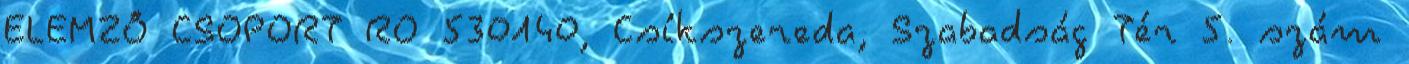
ELEMZŐ CSOPORT RO 530140, Csíkszereda, Szabadság Tér 5. szám